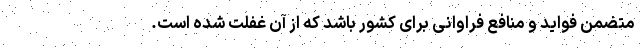
متضمن فواید و منافع فراوانی برای کشور باشد که از آن غفلت شده است.